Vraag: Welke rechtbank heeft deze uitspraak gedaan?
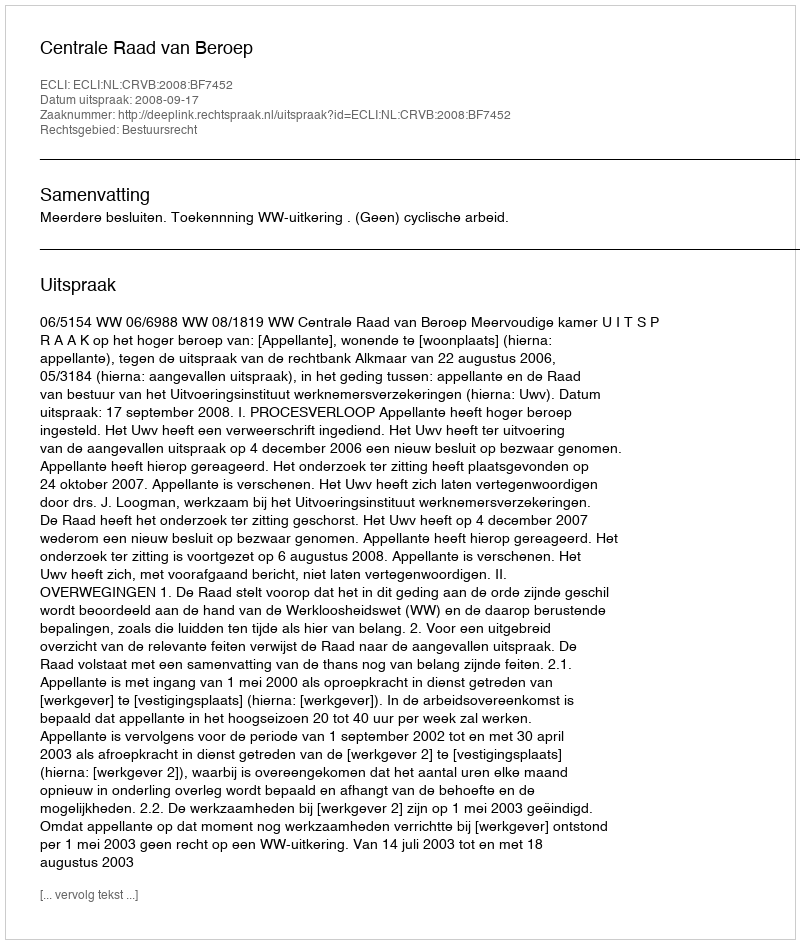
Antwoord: Centrale Raad van Beroep